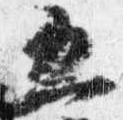
五